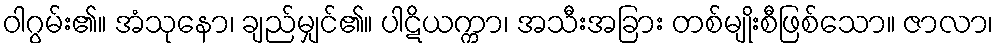
ဝါဂွမ်း၏။ အံသုနော၊ ချည်မျှင်၏။ ပါဋိယက္ကာ၊ အသီးအခြား တစ်မျိုးစီဖြစ်သော။ ဇာလာ၊